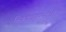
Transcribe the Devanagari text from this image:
स्विकारण्याची